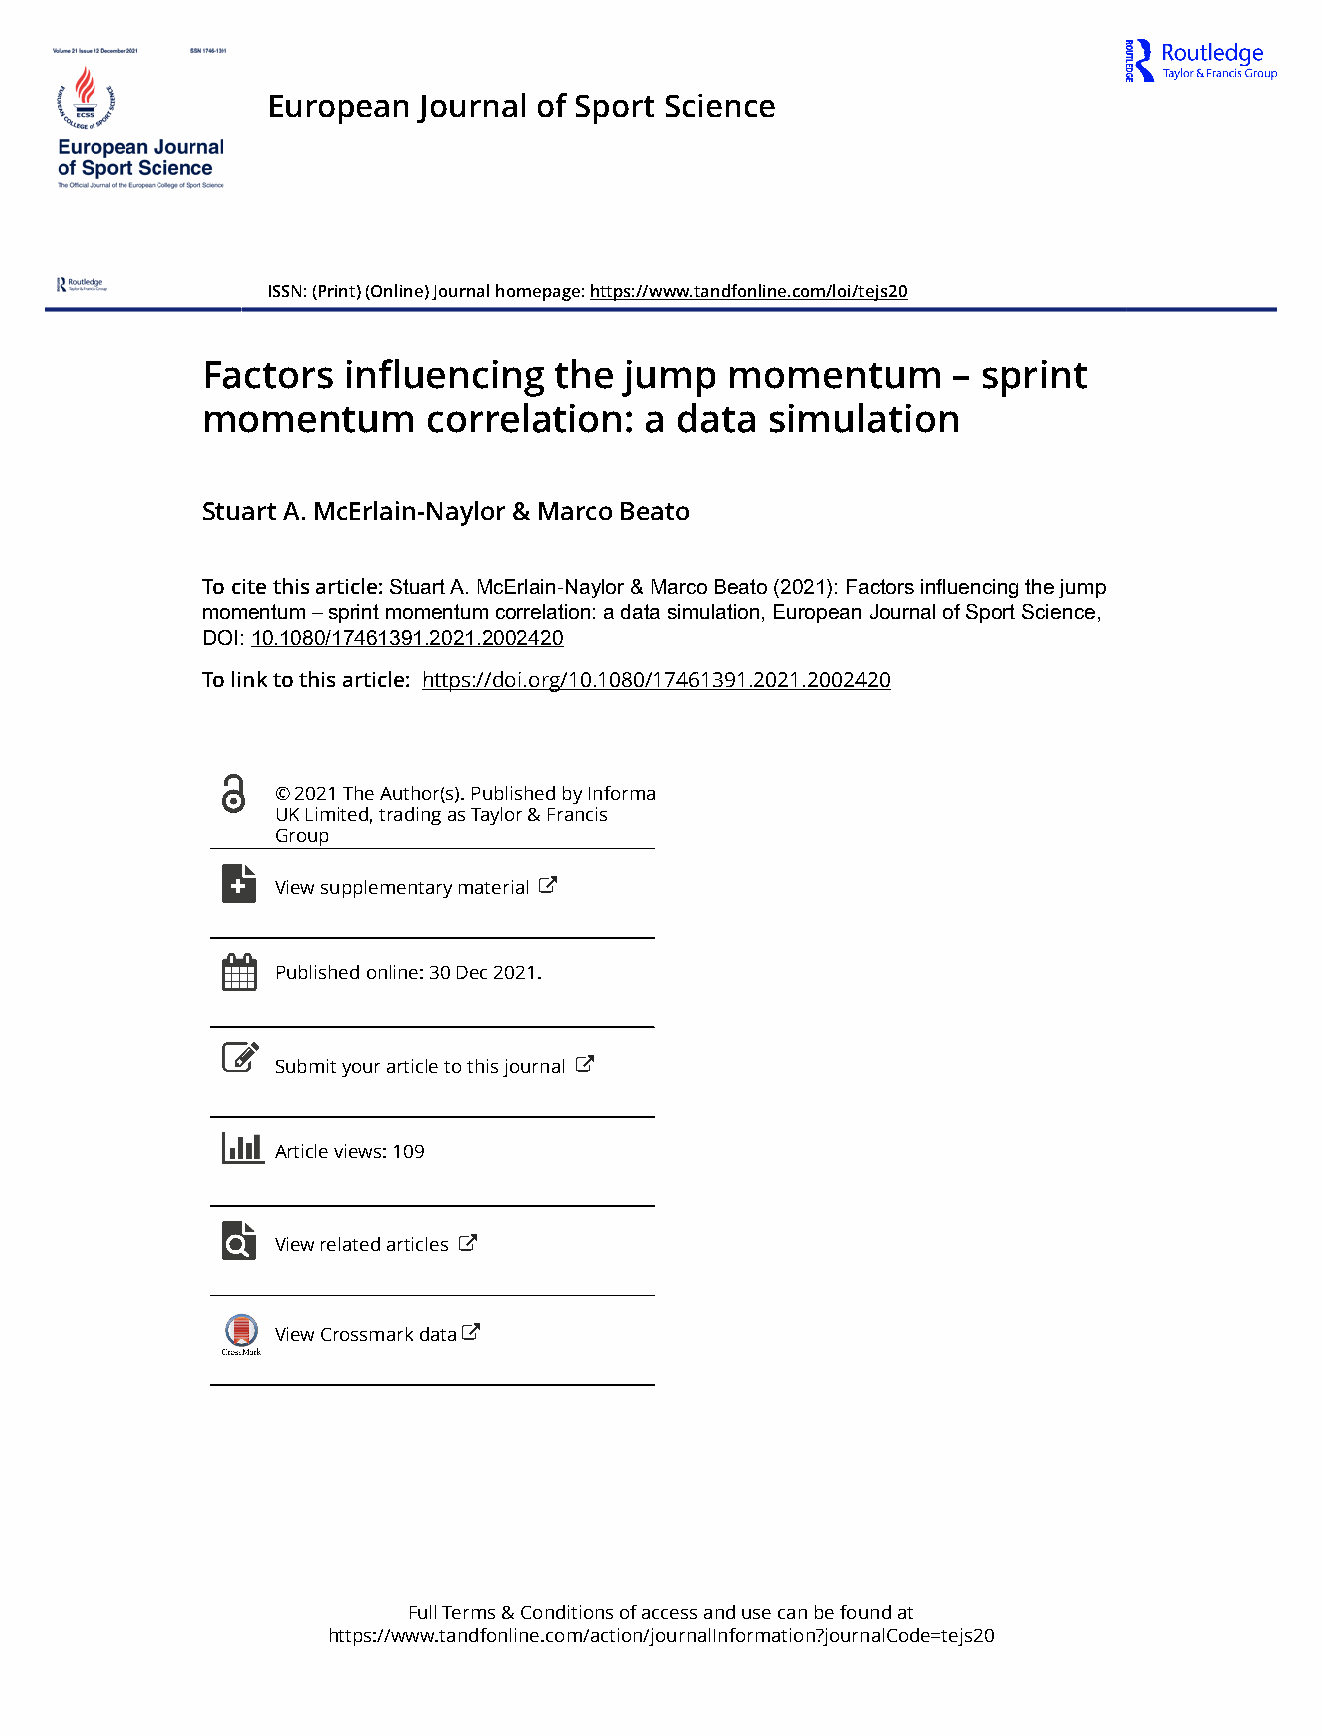
European  Journal of Sport Science
 ISSN: (Print) (Online) Journal homepage: https://www.tandfonline.com/loi/tejs20
 Factors   influencing   the jump   momentum       – sprint
 momentum       correlation:   a data  simulation
 Stuart A. McErlain-Naylor & Marco Beato
 To cite this article: Stuart A. McErlain-Naylor & Marco Beato (2021): Factors influencing the jump
 momentum – sprint momentum correlation: a data simulation, European Journal of Sport Science,
 DOI: 10.1080/17461391.2021.2002420
 To link to this article: https://doi.org/10.1080/17461391.2021.2002420
 © 2021 The Author(s). Published by Informa
 UK Limited, trading as Taylor & Francis
 Group
 View supplementary material
 Published online: 30 Dec 2021.
 Submit your article to this journal
 Article views: 109
 View related articles
 View Crossmark data
 Full Terms & Conditions of access and use can be found at
 https://www.tandfonline.com/action/journalInformation?journalCode=tejs20